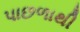
પાછળાથી